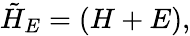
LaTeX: \tilde{H}_{E}=\left(\begin{array}{cccc}{H+E}\end{array}\right),